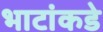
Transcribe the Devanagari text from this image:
भाटांकडे